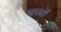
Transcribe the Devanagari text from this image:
बच्चोंं